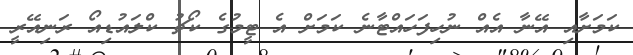
ކަމަށާއި އޭނާ އެއް ނުހިފަހައްޓާނެ ކަމަށް އެ ޓީމުގެ ކޯޗު ކްލައުޑިއޯ ރަނިއޭރީ